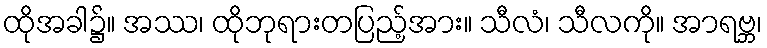
ထိုအခါ၌။ အဿ၊ ထိုဘုရားတပြည့်အား။ သီလံ၊ သီလကို။ အာရဗ္ဘ၊